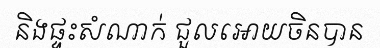
និងផ្ទះសំណាក់ ជួលអោយចិនបាន